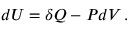
d U = \delta Q - P d V \, .